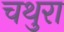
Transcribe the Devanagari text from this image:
चथुरा